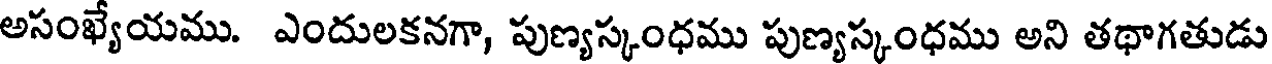
అసంఖ్యేయము. ఎందులకనగా, పుణ్యస్కంధము పుణ్యస్కంధము అని తథాగతుడు